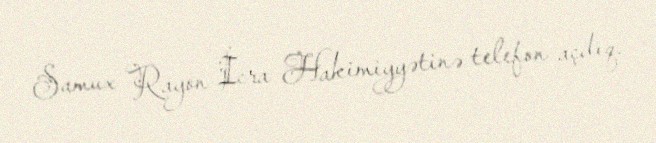
Samux Rayon İcra Hakimiyyətinə telefon açdıq.